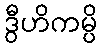
ဒွီဟိကမ္ပိ